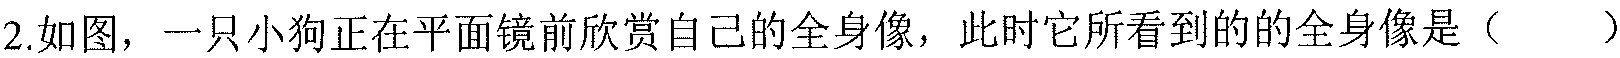
2.如图，一只小狗正在平面镜前欣赏自己的全身像，此时它所看到的的全身像 是（  ）